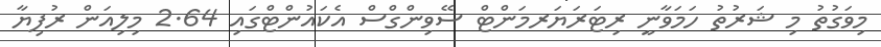
މިވަގުތު މި ޝަރުތު ހަމަވާނީ ރިޓަރަޔަރމަންޓް ސޭވިންގްސް އެކައުންޓްގައި 2.64 މިލިއަން ރުފިޔާ